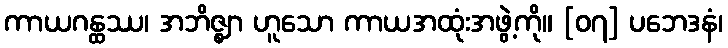
ကာယဂန္ထဿ၊ အဘိဇ္ဈာ ဟူသော ကာယအထုံးအဖွဲ့ကို။ [၀၇] ပဘေဒနံ၊